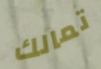
تمالك